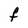
Character: F